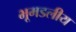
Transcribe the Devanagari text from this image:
भूमडलीय